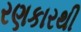
રણકારથી